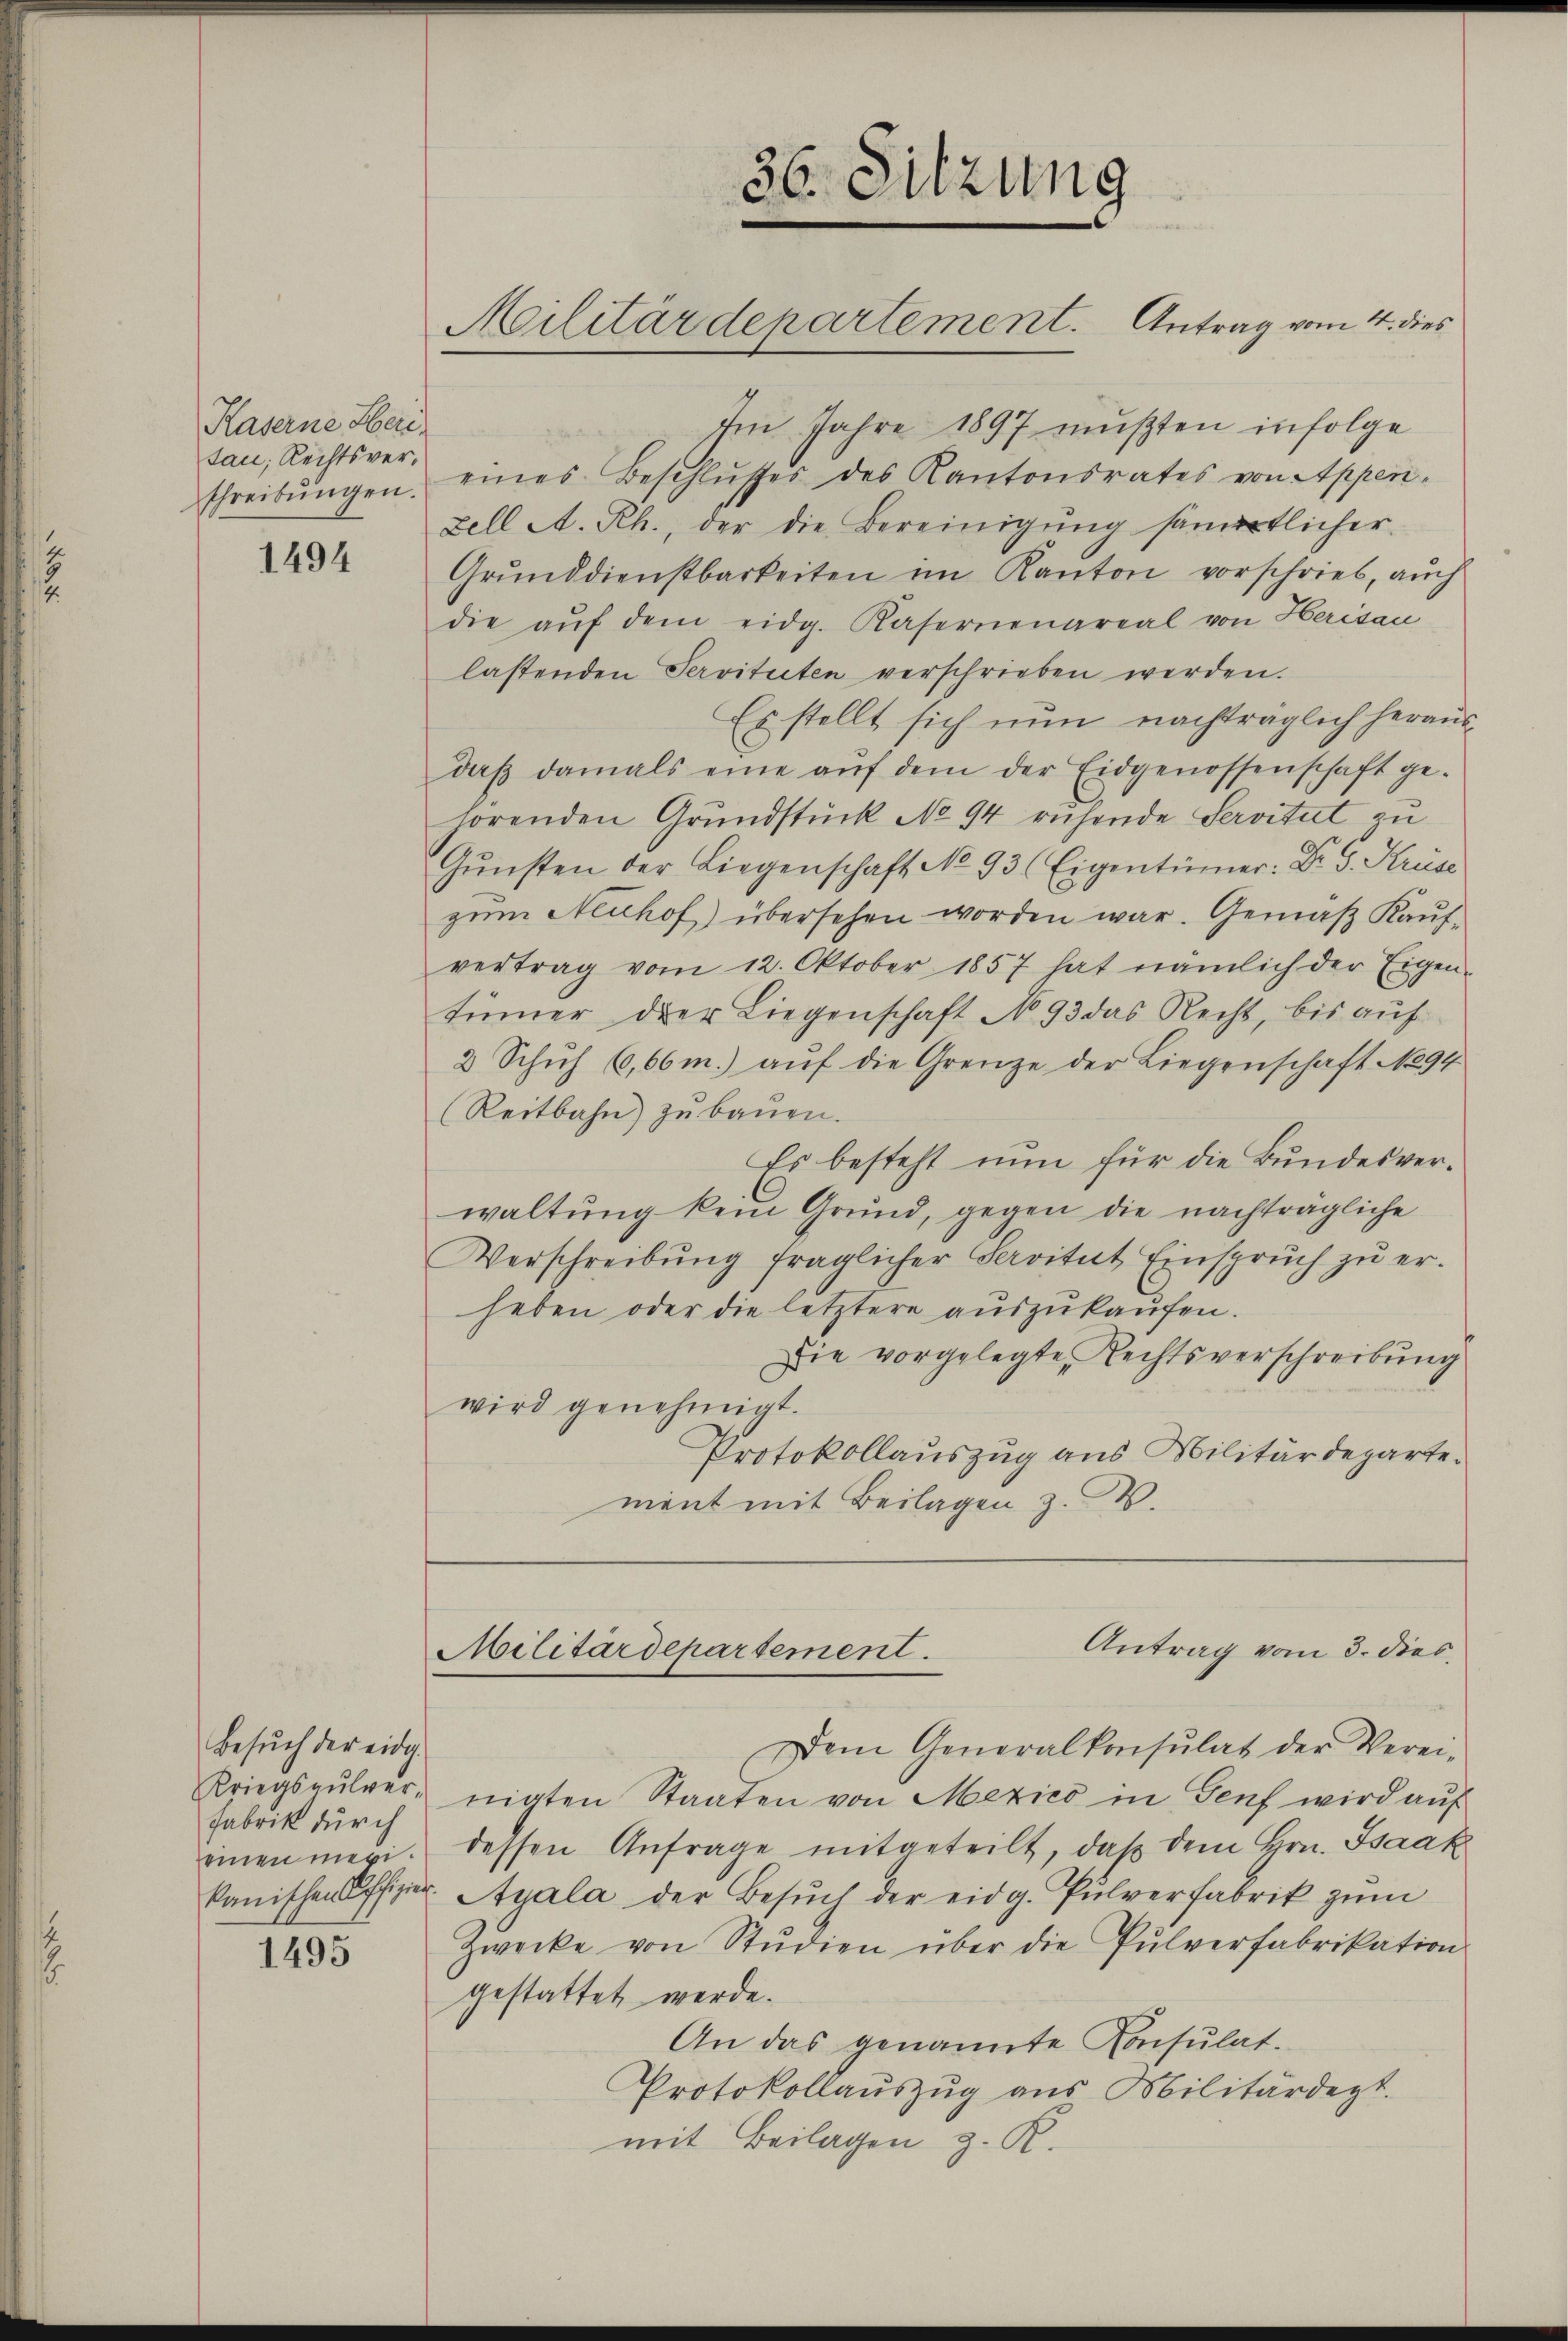
Kaserne Heri
tan; Rechtsverschreibŭngen.

1494

Besŭch der eidg.
Kriegspulver¬
Fabrik durch
einen mexi¬

1495

36. Sitzung
Militärdepartement. Antrag vom 4. dies

Im Jahre 1897 mußten infolge
eines Beschlŭsses des Kantonsrates von Appen-
zell A. Rh., der die Bereinigŭng sämertlicher
Grunddienstbarkeiten im Kanton vorschrieb, auch
die aŭf dem eidg. Kasernenareal von Herisau
lastenden Servituten verschrieben werden.
Es stellt sich nun nachträglich heraus-
daβ damals eine aŭf dem der Eidgenossenschaft ge-
hörenden Grundstück No 94 ruhende Servitut zu
Gŭnsten der Liegenschaft No. 93 (Eigentümer: Dr. G. Krise
zŭm Neuhof) übersehen worden war. Gemäβ Kaŭf-
vertrag vom 12. Oktober 1857 hat nämlich der Eigen-
tümmer der Liegenschaft No. 93 das Recht, bis auf
2 Schŭh 6,66m.) aŭf die Grenze der Liegenschaft No 94
Reitbahn zŭ baŭen.
Es besteht nun für die Bundesverwaltung kein Grund, gegen die nachträgliche
Verschreibŭng fraglicher Servitut Einsprŭch zŭ er-
heben oder die letztere auszukaufen.
Die vorgelegte Rechtsverschreibung
wird genehmigt.
Protokollauszug aus Militärdeparterient mit Beilagen z. W.

Antrag vom 3. dies
Militärdepartement.

Dem Generalkonsulat der Verei-
nigten Staaten von Mexico in Genf wird auf
dessen Anfrage mitgeteilt, daß dem Hrn. Isaak
kanischen Offizŭr Ayala der Besŭch der eidg. Pulverfabrik zŭm
Zwecke von Studien über die Pulverfabrikation
gestattet werde.
An das genannte Konsulat.
Protokollauszug aus Militärdept.
mit Beilagen z. R.